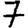
Digit: 7